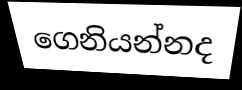
ගෙනියන්නද